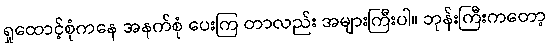
ရှုထောင့်စုံကနေ အနက်စုံ ပေးကြ တာလည်း အများကြီးပါ။ ဘုန်းကြီးကတော့